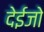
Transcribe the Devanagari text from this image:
देईजो